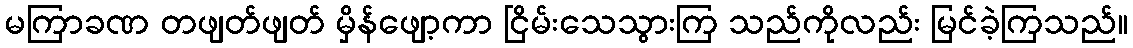
မကြာခဏ တဖျတ်ဖျတ် မှိန်ဖျော့ကာ ငြိမ်းသေသွားကြ သည်ကိုလည်း မြင်ခဲ့ကြသည်။